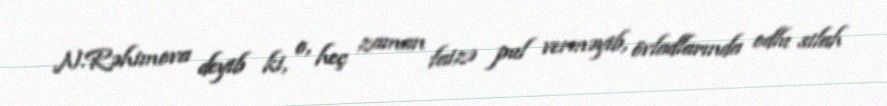
N.Rəhimova deyib ki, o, heç zaman faizə pul verməyib, övladlarında odlu silah